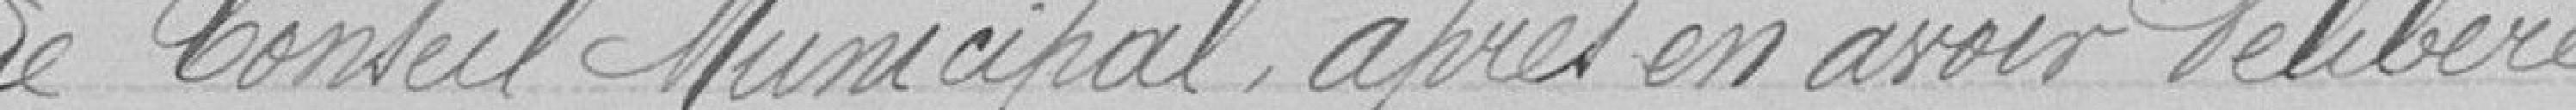
Le Conseil Municipal, après en avoir délibéré :